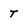
Character: r